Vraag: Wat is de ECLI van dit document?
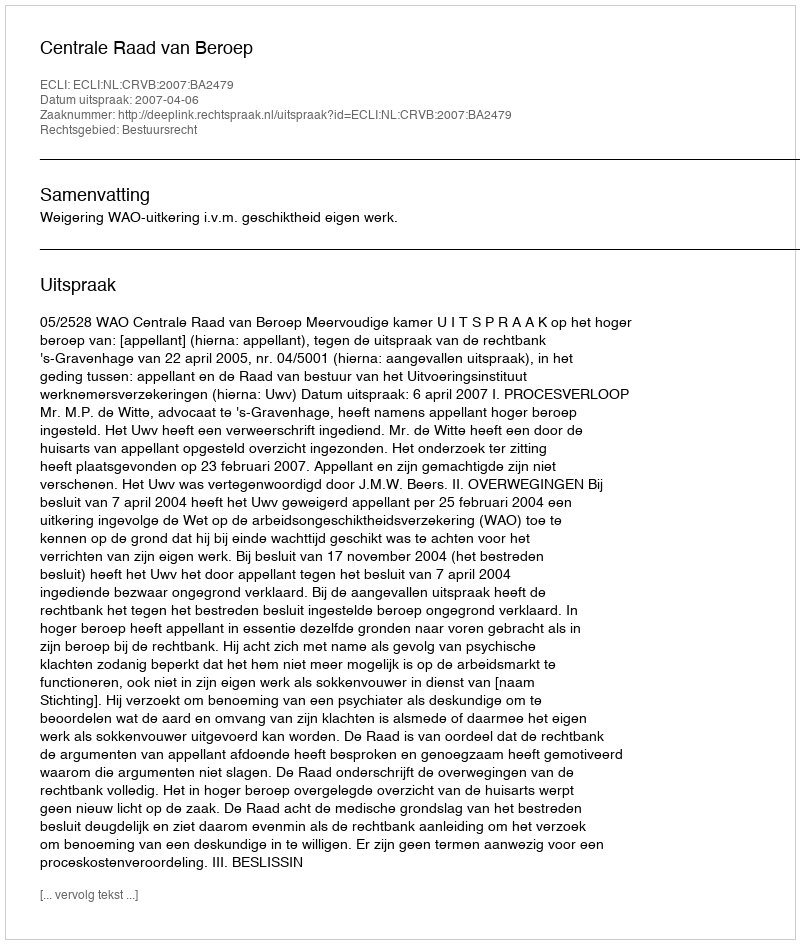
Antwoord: ECLI:NL:CRVB:2007:BA2479